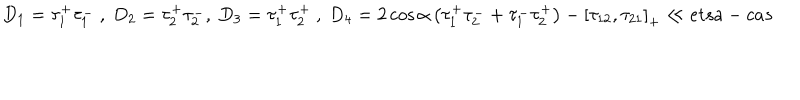
D _ { 1 } = \tau _ { 1 } ^ { + } \tau _ { 1 } ^ { - } \ , \ D _ { 2 } = \tau _ { 2 } ^ { + } \tau _ { 2 } ^ { - } , \ D _ { 3 } = \tau _ { 1 } ^ { + } \tau _ { 2 } ^ { + } \ , \ D _ { 4 } = 2 \cos { \alpha } \left( \tau _ { 1 } ^ { + } \tau _ { 2 } ^ { - } + \tau _ { 1 } ^ { - } \tau _ { 2 } ^ { + } \right) - \left[ \tau _ { 1 2 } , \tau _ { 2 1 } \right] _ { + } \ll { e t s a - c a s }